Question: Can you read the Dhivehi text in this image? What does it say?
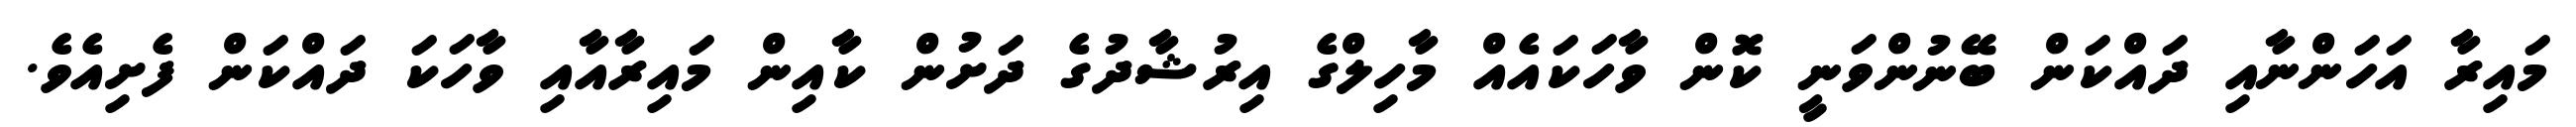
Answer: މައިރާ އަހަންނާއި ދައްކަން ބޭނުންވަނީ ކޮން ވާހަކައެއް މާހިލްގެ އިރުޝާދުގެ ދަށުން ކާއިން މައިރާއާއި ވާހަކަ ދައްކަން ފެށިއެވެ.